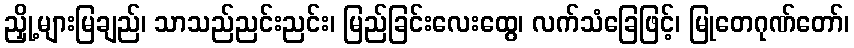
ညှို့များမြချည်၊ သာသည်ညင်းညင်း၊ မြည်ခြင်းလေးထွေ၊ လက်သံခြေဖြင့်၊ မြုတေဂုဏ်တော်၊